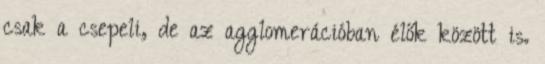
csak a csepeli, de az agglomerációban élők között is.